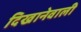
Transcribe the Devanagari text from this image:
दिखानेवाली